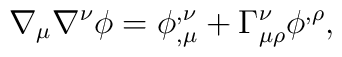
\nabla _\mu \nabla ^\nu \phi =\phi _{,\mu }^{,\nu }+\Gamma _{\mu \rho }^\nu\phi ^{,\rho },